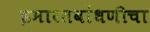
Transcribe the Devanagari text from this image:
इमारतबांधणीचा